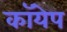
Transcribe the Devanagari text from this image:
कॉयेप